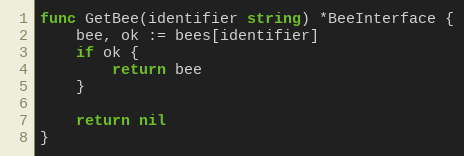
Language: Go
func GetBee(identifier string) *BeeInterface {
	bee, ok := bees[identifier]
	if ok {
		return bee
	}

	return nil
}